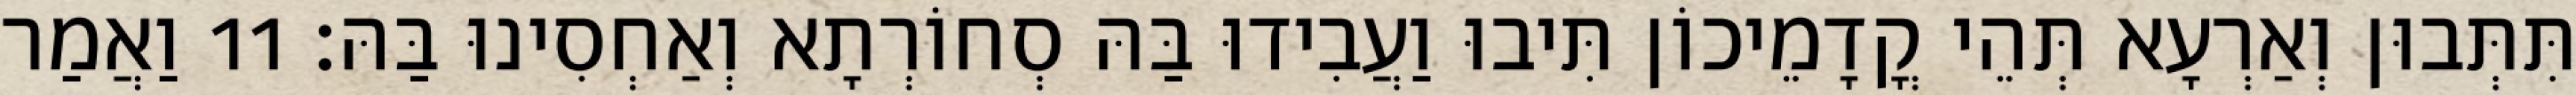
תִּתְּבוּן וְאַרְעָא תְּהֵי קֳדָמֵיכוֹן תִּיבוּ וַעֲבִידוּ בַּהּ סְחוֹרְתָא וְאַחְסִינוּ בַּהּ׃ 11 וַאֲמַר